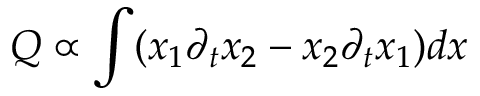
Q \propto \int ( x _ { 1 } \partial _ { t } x _ { 2 } - x _ { 2 } \partial _ { t } x _ { 1 } ) d x